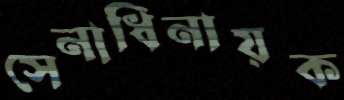
সেনাধিনায়ক